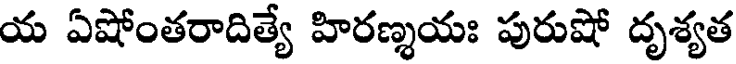
య ఏషోంతరాదిత్యే హిరణ్శయః పురుషో దృశ్యత